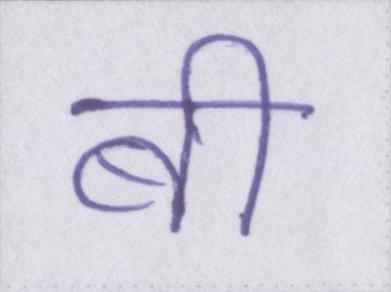
बी